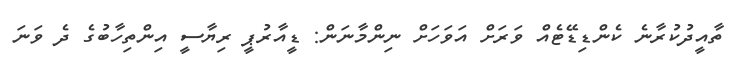
ތާއީދުކުރާނެ ކެންޑިޑޭޓެއް ވަރަށް އަވަހަށް ނިންމާނަން: ޑީއާރުޕީ ރިޔާސީ އިންތިހާބުގެ ދެ ވަނަ